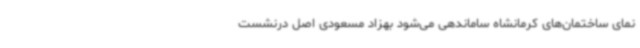
نمای ساختمان‌های کرمانشاه ساماندهی می‌شود بهزاد مسعودی اصل درنشست